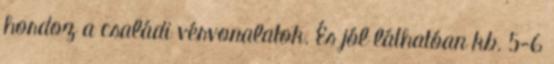
hordoz a családi vérvonalatok. És jól láthatóan kb. 5-6